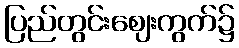
ပြည်တွင်းဈေးကွက်၌